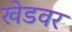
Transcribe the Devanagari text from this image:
खेडवर